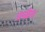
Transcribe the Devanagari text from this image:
जखेल